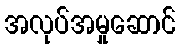
အလုပ်အမှုဆောင်